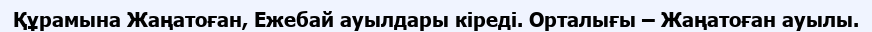
Құрамына Жаңатоған, Ежебай ауылдары кіреді. Орталығы – Жаңатоған ауылы.